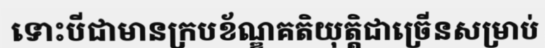
ទោះបីជាមានក្របខ័ណ្ឌគតិយុត្តិជាច្រើនសម្រាប់